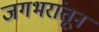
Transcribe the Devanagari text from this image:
जगभरांतून